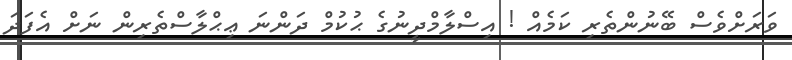
ވަރަށްވެސް ބޭނުންތެރި ކަމެއް ! އިސްލާމްދީނުގެ ޙުކުމް ދަންނަ ޢިޙްލާސްތެރިން ނަށް އެފަދަ